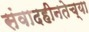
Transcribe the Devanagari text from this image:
संवादहीनतेच्या